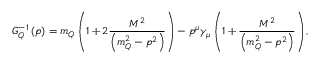
G _ { Q } ^ { - 1 } \left( p \right) = m _ { Q } \left( 1 + 2 \frac { M ^ { 2 } } { \left( m _ { Q } ^ { 2 } - p ^ { 2 } \right) } \right) - p ^ { \mu } \gamma _ { \mu } \left( 1 + \frac { M ^ { 2 } } { \left( m _ { Q } ^ { 2 } - p ^ { 2 } \right) } \right) ,